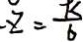
- z = \frac { K } { 6 }